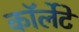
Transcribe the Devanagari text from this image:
कॉर्लेटे